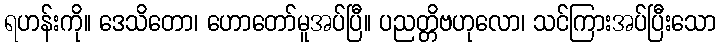
ရဟန်းကို။ ဒေသိတော၊ ဟောတော်မူအပ်ပြီ။ ပညတ္တိဗဟုလော၊ သင်ကြားအပ်ပြီးသော